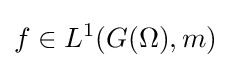
f\in L^{1}(G(\Omega ),m)